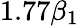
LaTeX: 1.77\beta_{1}